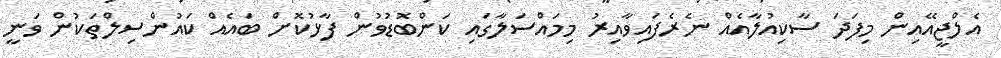
އެލްޖީއޭއިން މިފަދަ ސާކިއުލާއެއް ނެރެފައިވާއިރު މިމައްސަލާގައި ކަންބޮޑުވުން ފާޅުކޮށް ބައެއް ކައުންސިލްތަކުން ވަނީ